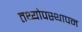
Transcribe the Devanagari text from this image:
तथ्योपस्थापन